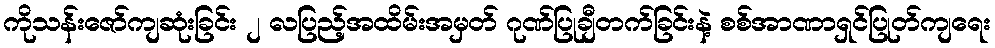
ကိုသန်းဇော်ကျဆုံးခြင်း ၂ လပြည့်အထိမ်းအမှတ် ဂုဏ်ပြုချီတက်ခြင်းနဲ့ စစ်အာဏာရှင်ပြုတ်ကျရေး